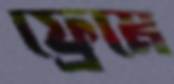
ফ্রেমে